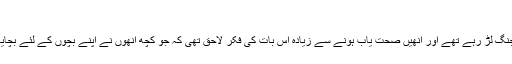
مرد کی بے بسی
میں نے مرد کی بے بسی تب محسوس کی جب میرے والد کینسر سے جنگ لڑ رہے تھے اور انھیں صحت یاب ہونے سے زیادہ اس بات کی فکر لاحق تھی کہ جو کچھ انھوں نے اپنے بچوں کے لئے بچایا تھا وہ ان کی بیماری پر خرچ ہورہا ہے اور ان کے بعد ہمارا کیا ہوگا؟